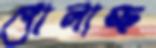
গোলাচ্ছ